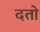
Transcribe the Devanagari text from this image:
दतो